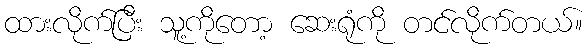
ထားလိုက်ပြီး သူ့ကိုတော့ ဆေးရုံကို တင်လိုက်တယ်။